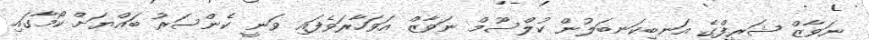
ނަވާޒް ޝަރީފްގެ އަނބިކަނބަލުން ކުލްސޫމް ނަވާޒް އަވަހާރަވެފައި ވަނީ ކެންސަރު ބައްޔަށް ކޯމާގައި